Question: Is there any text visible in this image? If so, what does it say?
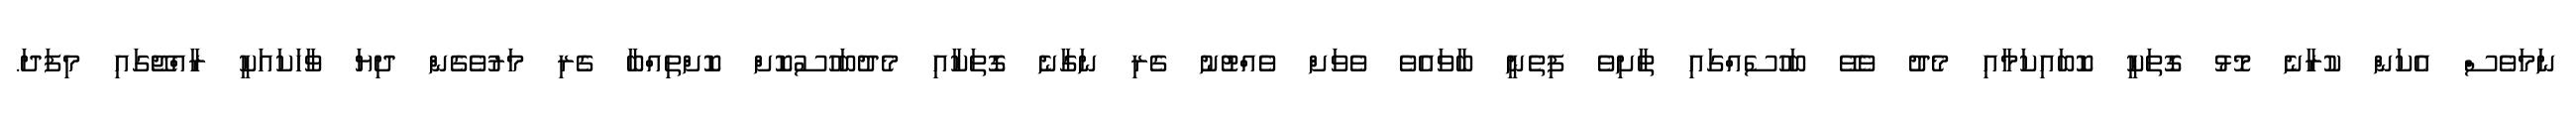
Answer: ނަމަވެސް އެކަން ކުރާނެ މޮޅު ގޮތަކީ ކޮބައިކަމާއި މެދު ވެވޭ ބަހުސެއްގައި ތާށިވެ ފިތެނީ ބާވައެވެ ވެވަށް ވެއްޓުނު ގެރި ނަގާނެ ގޮތަކާއި މެދުބަހުސުކޮށް ކޮށްތިއްބާ ގެރި މަރުވެގެން ދިޔަ ވާހަކައަކީ ރާއްޖޭގައި މިފަދަ.